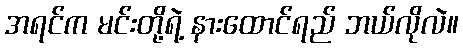
အရင်က မင်းတို့ရဲ့ နားထောင်ရည် ဘယ်လိုလဲ။